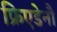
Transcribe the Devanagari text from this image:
फ्रिएडेनौ